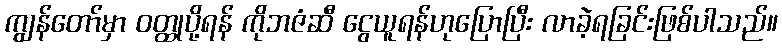
ကျွန်တော်မှာ ဝတ္ထုပို့ရန် ကိုဘဇံဆီ ငွေယူရန်ဟုပြောပြီး လာခဲ့ရခြင်းဖြစ်ပါသည်။